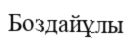
Боздайұлы